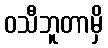
ဝသီဘူတာမှိ